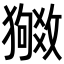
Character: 𬍉